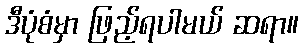
ဒီပုံစံမှာ ဖြည့်ရပါမယ် ဆရာ။